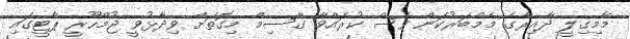
މާމިގިލީ ދާއިރާގެ މެމްބަރުކަން ވެސް ކުރައްވާ ގާސިމް މިގޮތަށް ވިދާޅުވީ ޖުމްހޫރީ ޕާޓީގައި